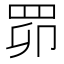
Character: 𦊑